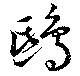
鴟